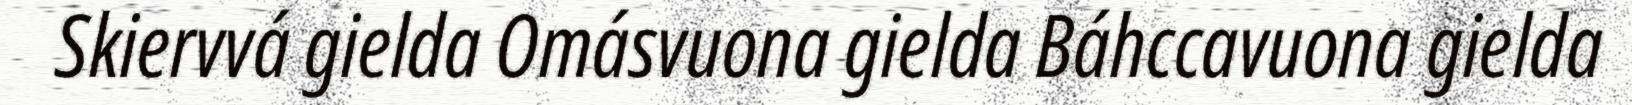
Skiervvá gielda Omásvuona gielda Báhccavuona gielda